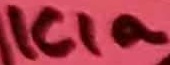
Text: ICIa